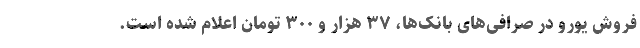
فروش یورو در صرافی‌های بانک‌ها، ۳۷ هزار و ۳۰۰ تومان اعلام شده است.